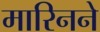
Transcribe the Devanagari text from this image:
मारिनने